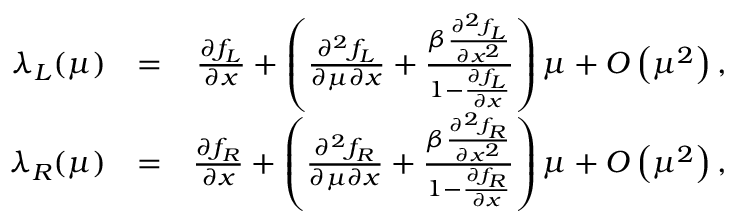
\begin{array} { r l r } { \lambda _ { L } ( \mu ) } & { = } & { \textstyle { \frac { \partial f _ { L } } { \partial x } } + \left( \textstyle { \frac { \partial ^ { 2 } f _ { L } } { \partial \mu \partial x } } + \frac { \beta \frac { \partial ^ { 2 } f _ { L } } { \partial x ^ { 2 } } } { 1 - \frac { \partial f _ { L } } { \partial x } } \right) \mu + O \left( \mu ^ { 2 } \right) , } \\ { \lambda _ { R } ( \mu ) } & { = } & { \textstyle { \frac { \partial f _ { R } } { \partial x } } + \left( \textstyle { \frac { \partial ^ { 2 } f _ { R } } { \partial \mu \partial x } } + \frac { \beta \frac { \partial ^ { 2 } f _ { R } } { \partial x ^ { 2 } } } { 1 - \frac { \partial f _ { R } } { \partial x } } \right) \mu + O \left( \mu ^ { 2 } \right) , } \end{array}